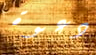
دعوة